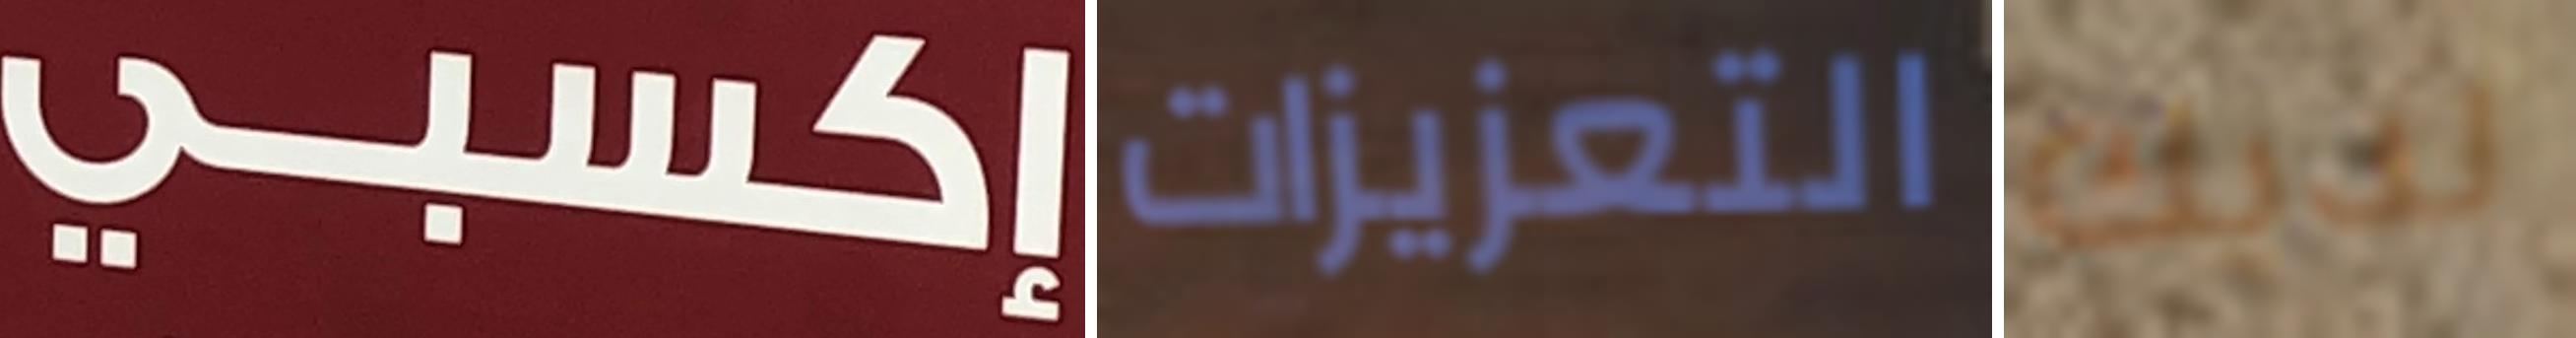
إكسبي التعزيزات لديك